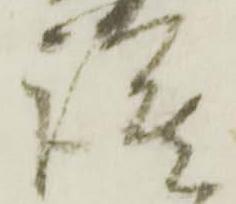
謹